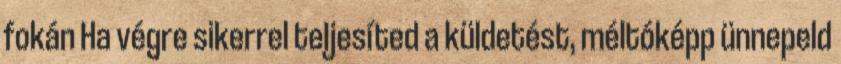
fokán Ha végre sikerrel teljesíted a küldetést, méltóképp ünnepeld